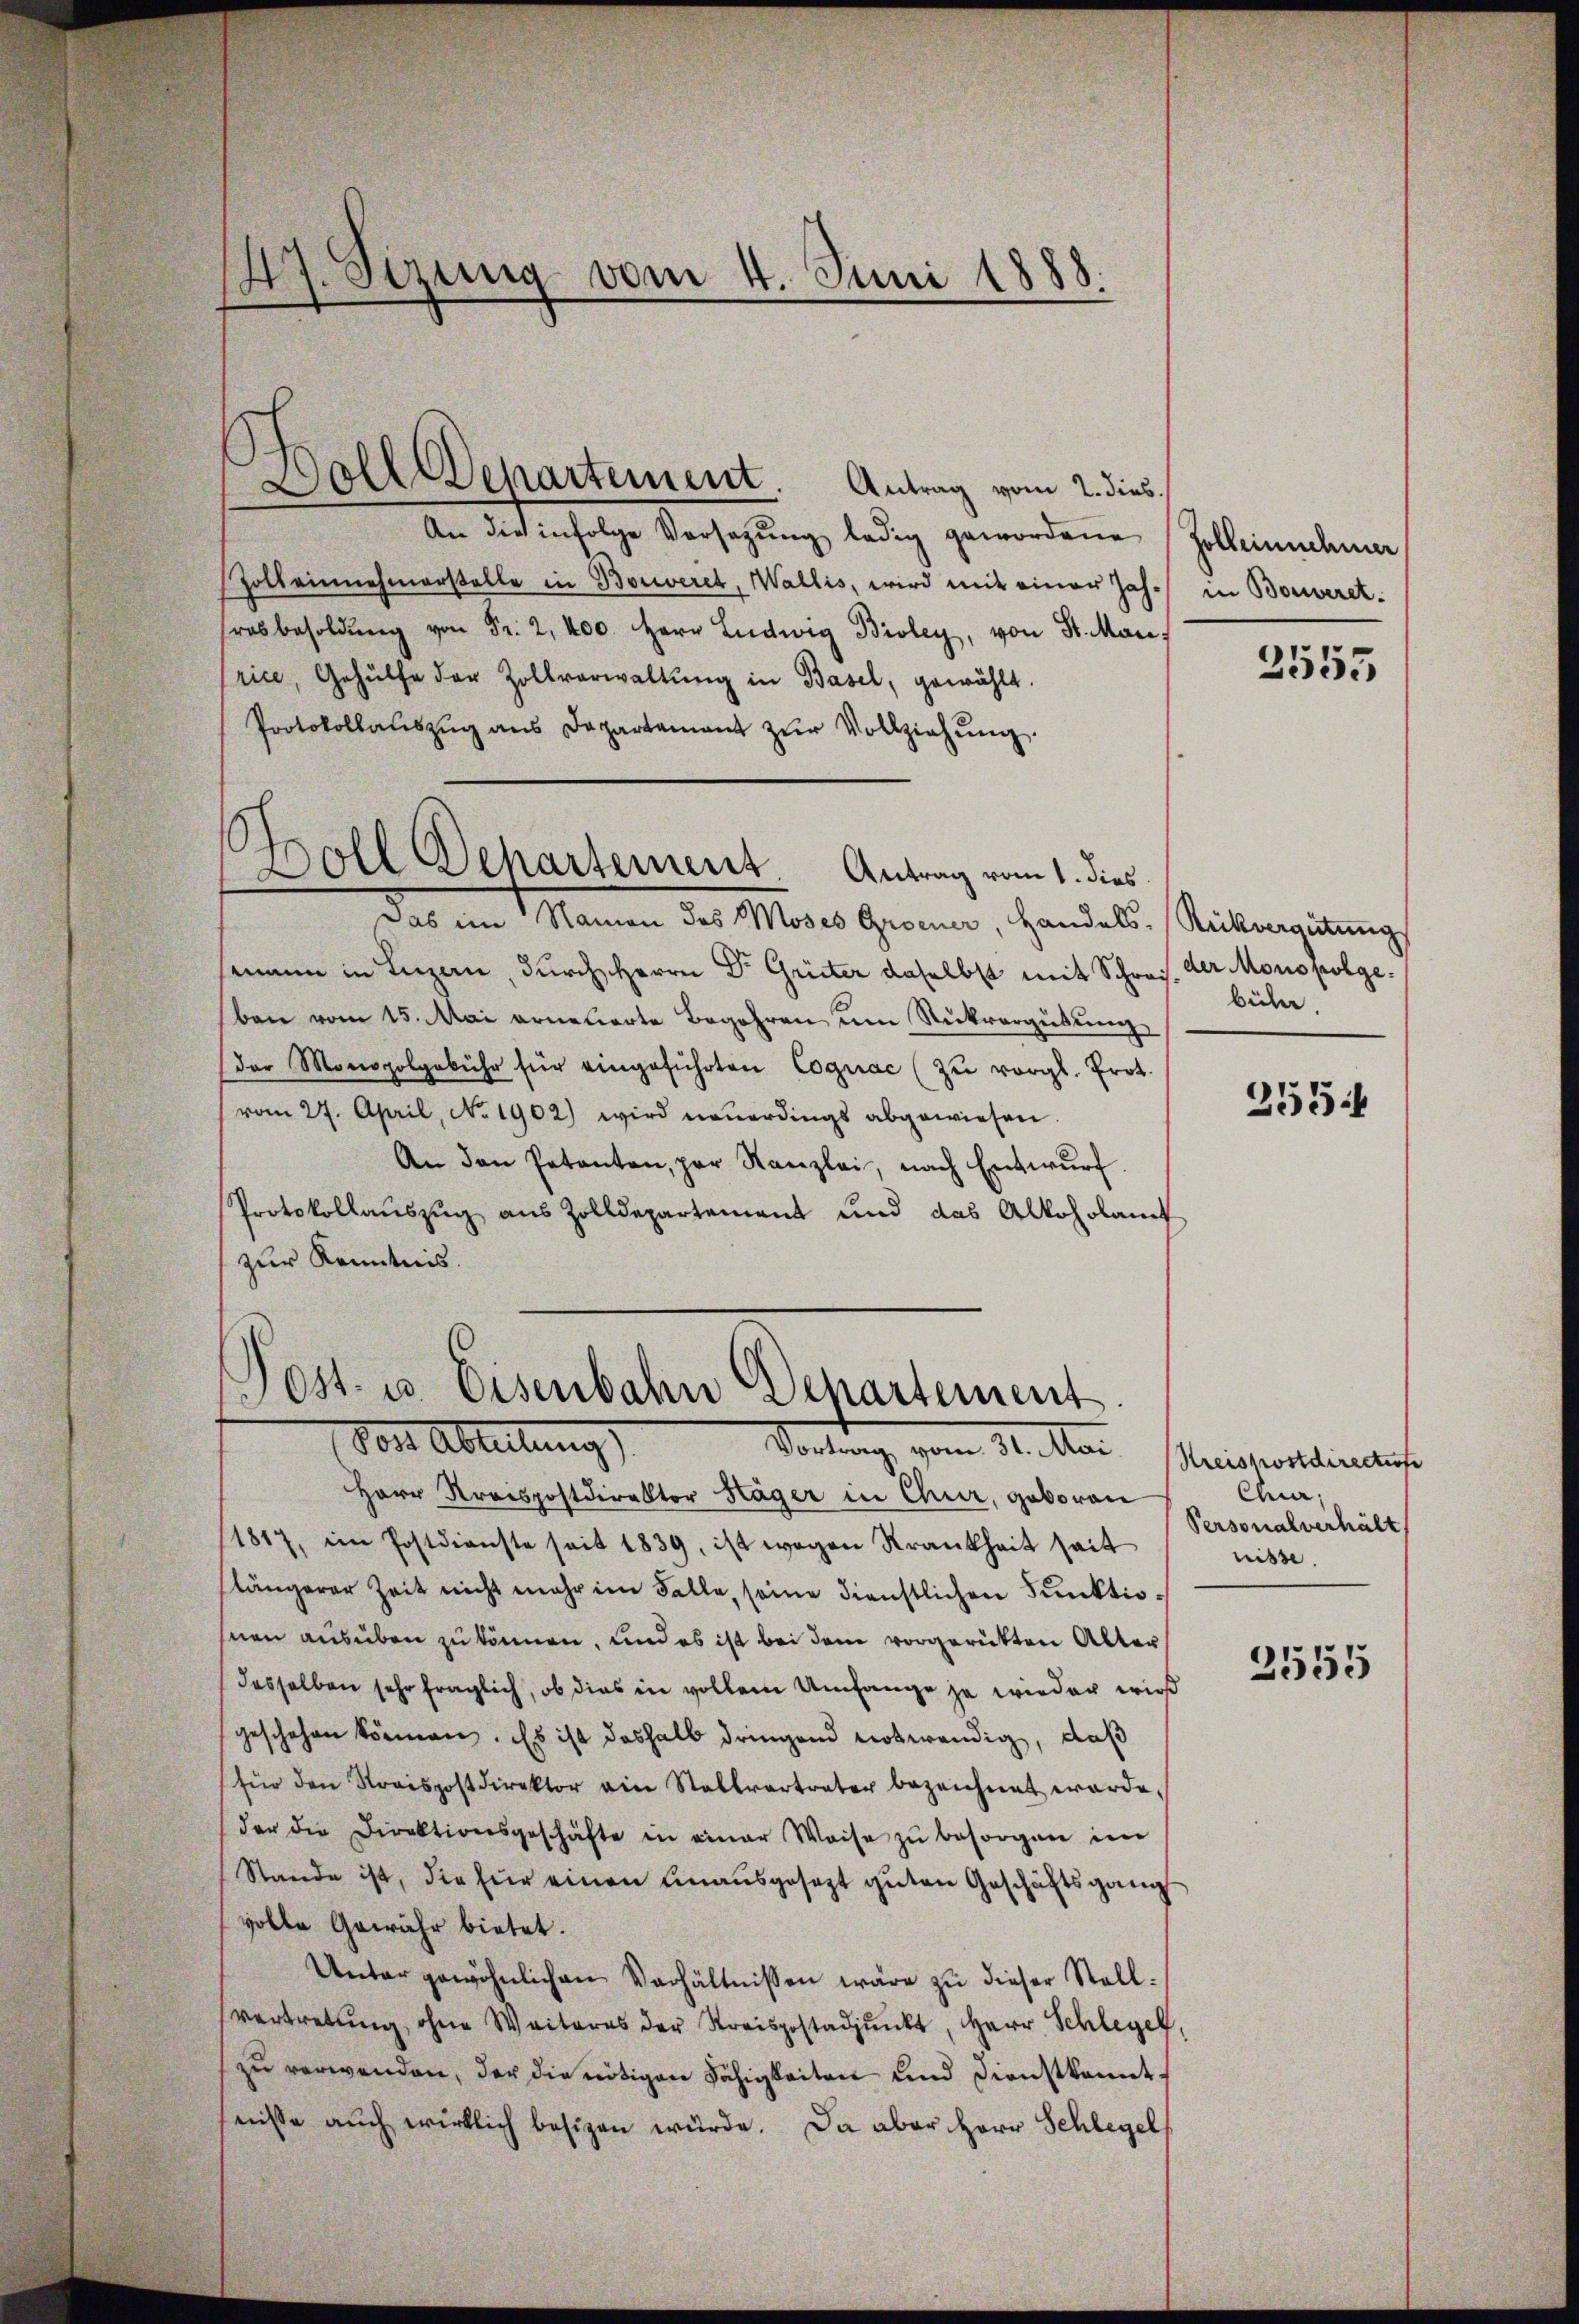
47. Sezung vom 4. Juni 1888.

Doll Departement Antrag vom 2. dies
An dies infolge Versatzŭng ledig gewordene
Zolbeinnehmerstelle in Bouveret, Wallis, wird mit einer Jah-
ras besoldŭng von Fr. 2, 400. Herr Ludwig Bioley, von Sr. Manrice, Gehülfe der Zollverwaltŭng in Basel, gewählt.
Protokollaŭszŭg ans Departement zŭr Vollziehŭng.
.
Das im Namen des Moses Groener, Handels-Rückvergütŭng
semann in Luzern, durch Herrn Dr. Grüter daselbst mit Schrei
ben vom 15. Mai erneuerte Begehren um Rückvergütŭng
(der Monopolgebühr für eingeführten Cognac (zŭ vergl. Prot.
vom 27. April, No 1902) wird neuerdings abgewiesen.
An den Petenten, par Kanzlei, nach Entwŭrf.
Protokollauszug aus Zolldepartement und das Alkoholamt
zur Kenntnis.
)
Ost- u. Eisenbahn Departement
Post Abteilung
Vortrag vom 31. Mai.
Herr Kreispostdirektor Häger in Chur, geboren
1817, im Postdienste seit 1839, ist wegen Krankheit seit
längerer Zeit nicht mehr im Falle, seine dienstlichen Funktiosnen ausüben zu können, und es ist bei dem vorgerütten Alter
desselben sehr fraglich, ob dies in vollem Umfange ja wieder wir
geschehen können. Es ist deshalb dringend notwendig, daß
(für den Straspostdirektor ein Stallvertreter bezeichnet werde.
der die Direktionsgeschäfte in einer Weise zŭ besorgen im
Stande ist, die für einen unausgesezt guten Geschäftsgang
volle Gewähr bietet.
Unter gewöhnlichen Verhältnissen wäre zu dieser Stell
vertretung, ohne Weiteres der Streispostadpunkt, Herr Schlegel,
zu verwenden, der die nötigen Fähigkeiten und Dienstkanntnisse auch wirklich besizen würde. Da aber Herr Schlegel

Boll Dehartement Antrag vom 1. dies

Holbeinnehmer
in Bouveret.

2555

der Monopolge.
bühr

255

Kreiskostdirectirte
Chur,
Personalverhält
nisse.

2555